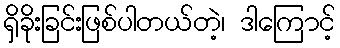
ရှိခိုးခြင်းဖြစ်ပါတယ်တဲ့၊ ဒါကြောင့်